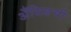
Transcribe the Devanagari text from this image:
अँसिडची